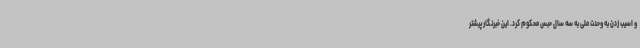
و اسیب زدن به وحدت ملی به سه سال حبس محکوم کرد. این خبرنگار پیشتر